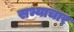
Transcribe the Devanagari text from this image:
सभ्याचार